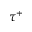
\tau ^ { + }